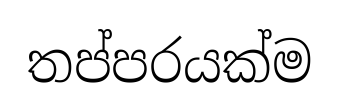
තප්පරයක්ම